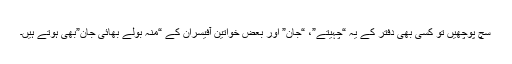
سچ پوچھیں تو کسی بھی دفتر کے یہ “چہیتے”، “جان” اور بعض خواتین آفیسران کے “منہ بولے بھائی جان”بھی ہوتے ہیں۔